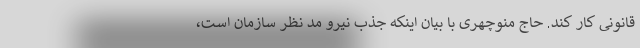
قانونی کار کند. حاج منوچهری با بیان اینکه جذب نیرو مد نظر سازمان است،